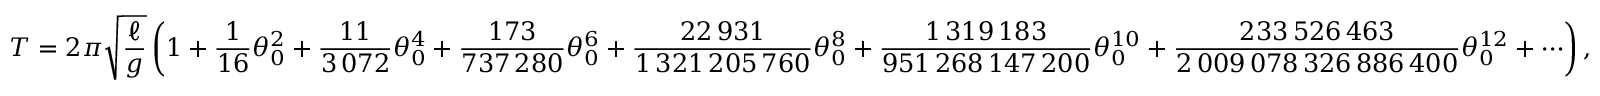
T = 2 \pi { \sqrt { \frac { \ell } { g } } } \left( 1 + { \frac { 1 } { 1 6 } } \theta _ { 0 } ^ { 2 } + { \frac { 1 1 } { 3 \, 0 7 2 } } \theta _ { 0 } ^ { 4 } + { \frac { 1 7 3 } { 7 3 7 \, 2 8 0 } } \theta _ { 0 } ^ { 6 } + { \frac { 2 2 \, 9 3 1 } { 1 \, 3 2 1 \, 2 0 5 \, 7 6 0 } } \theta _ { 0 } ^ { 8 } + { \frac { 1 \, 3 1 9 \, 1 8 3 } { 9 5 1 \, 2 6 8 \, 1 4 7 \, 2 0 0 } } \theta _ { 0 } ^ { 1 0 } + { \frac { 2 3 3 \, 5 2 6 \, 4 6 3 } { 2 \, 0 0 9 \, 0 7 8 \, 3 2 6 \, 8 8 6 \, 4 0 0 } } \theta _ { 0 } ^ { 1 2 } + \cdots \right) ,